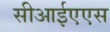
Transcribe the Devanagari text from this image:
सीआईएएस